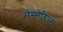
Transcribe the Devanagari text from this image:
मेस्मेरिज्म